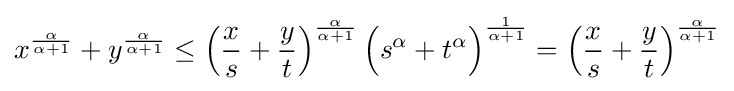
x^{\frac {\alpha }{\alpha +1}}+y^{\frac {\alpha }{\alpha +1}}\leq \left({\frac {x}{s}}+{\frac {y}{t}}\right)^{\frac {\alpha }{\alpha +1}}{\Big (}s^{\alpha }+t^{\alpha }{\Big )}^{\frac {1}{\alpha +1}}=\left({\frac {x}{s}}+{\frac {y}{t}}\right)^{\frac {\alpha }{\alpha +1}}